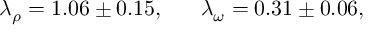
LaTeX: \lambda _ { \rho } = 1 . 0 6 \pm 0 . 1 5 , \; \; \; \; \; \; \lambda _ { \omega } = 0 . 3 1 \pm 0 . 0 6 ,